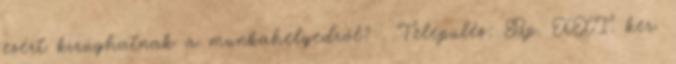
ezért kirúghatnak a munkahelyedről? . Település: Bp. XXI. ker.